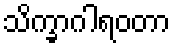
သိက္ခာဂါရဝတာ